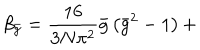
\beta _ { \bar { g } } = \frac { 1 6 } { 3 N \pi ^ { 2 } } \bar { g } \left( \bar { g } ^ { 2 } - 1 \right) +